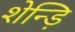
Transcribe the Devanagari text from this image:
शेन्ड़ि